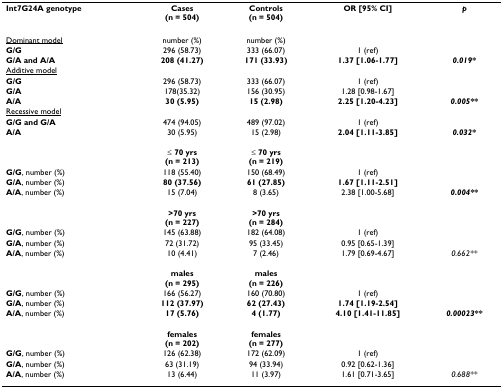
<table><thead><tr><td><b>Int7G24A genotype</b></td><td><b>Cases(n = 504)</b></td><td><b>Controls(n = 504)</b></td><td><b>OR [95% CI]</b></td><td><b><i>p</i></b></td></tr></thead><tbody><tr><td><underline>Dominant model</underline></td><td>number (%)</td><td>number (%)</td><td></td><td></td></tr><tr><td><b>G/G</b></td><td>296 (58.73)</td><td>333 (66.07)</td><td>1 (ref)</td><td></td></tr><tr><td><b>G/A and A/A</b></td><td><b>208 (41.27)</b></td><td><b>171 (33.93)</b></td><td><b>1.37 [1.06-1.77]</b></td><td><b><i>0.019*</i></b></td></tr><tr><td><underline>Additive model</underline></td><td></td><td></td><td></td><td></td></tr><tr><td><b>G/G</b></td><td>296 (58.73)</td><td>333 (66.07)</td><td>1 (ref)</td><td></td></tr><tr><td><b>G/A</b></td><td>178(35.32)</td><td>156 (30.95)</td><td>1.28 [0.98-1.67]</td><td></td></tr><tr><td><b>A/A</b></td><td><b>30 (5.95)</b></td><td><b>15 (2.98)</b></td><td><b>2.25 [1.20-4.23]</b></td><td><b><i>0.005**</i></b></td></tr><tr><td><underline>Recessive model</underline></td><td></td><td></td><td></td><td></td></tr><tr><td><b>G/G and G/A</b></td><td>474 (94.05)</td><td>489 (97.02)</td><td>1 (ref)</td><td></td></tr><tr><td><b>A/A</b></td><td>30 (5.95)</td><td>15 (2.98)</td><td><b>2.04 [1.11-3.85]</b></td><td><b><i>0.032*</i></b></td></tr><tr><td></td><td>≤ <b>70 yrs</b><b>(n = 213)</b></td><td>≤ <b>70 yrs</b><b>(n = 219)</b></td><td></td><td></td></tr><tr><td><b>G/G</b>, number (%)</td><td>118 (55.40)</td><td>150 (68.49)</td><td>1 (ref)</td><td></td></tr><tr><td><b>G/A</b>, number (%)</td><td><b>80 (37.56)</b></td><td><b>61 (27.85)</b></td><td><b>1.67 [1.11-2.51]</b></td><td></td></tr><tr><td><b>A/A</b>, number (%)</td><td>15 (7.04)</td><td>8 (3.65)</td><td>2.38 [1.00-5.68]</td><td><b><i>0.004**</i></b></td></tr><tr><td></td><td><b>&gt;70 yrs</b><b>(n = 227)</b></td><td><b>&gt;70 yrs</b><b>(n = 284)</b></td><td></td><td></td></tr><tr><td><b>G/G</b>, number (%)</td><td>145 (63.88)</td><td>182 (64.08)</td><td>1 (ref)</td><td></td></tr><tr><td><b>G/A</b>, number (%)</td><td>72 (31.72)</td><td>95 (33.45)</td><td>0.95 [0.65-1.39]</td><td></td></tr><tr><td><b>A/A</b>, number (%)</td><td>10 (4.41)</td><td>7 (2.46)</td><td>1.79 [0.69-4.67]</td><td><i>0.662**</i></td></tr><tr><td></td><td><b>males</b><b>(n = 295)</b></td><td><b>males</b><b>(n = 226)</b></td><td></td><td></td></tr><tr><td><b>G/G</b>, number (%)</td><td>166 (56.27)</td><td>160 (70.80)</td><td>1 (ref)</td><td></td></tr><tr><td><b>G/A</b>, number (%)</td><td><b>112 (37.97)</b></td><td><b>62 (27.43)</b></td><td><b>1.74 [1.19-2.54]</b></td><td></td></tr><tr><td><b>A/A</b>, number (%)</td><td><b>17 (5.76)</b></td><td><b>4 (1.77)</b></td><td><b>4.10 [1.41-11.85]</b></td><td><b><i>0.00023**</i></b></td></tr><tr><td></td><td><b>females</b><b>(n = 202)</b></td><td><b>females</b><b>(n = 277)</b></td><td></td><td></td></tr><tr><td><b>G/G</b>, number (%)</td><td>126 (62.38)</td><td>172 (62.09)</td><td>1 (ref)</td><td></td></tr><tr><td><b>G/A</b>, number (%)</td><td>63 (31.19)</td><td>94 (33.94)</td><td>0.92 [0.62-1.36]</td><td></td></tr><tr><td><b>A/A</b>, number (%)</td><td>13 (6.44)</td><td>11 (3.97)</td><td>1.61 [0.71-3.65]</td><td><i>0.688**</i></td></tr></tbody></table>